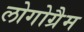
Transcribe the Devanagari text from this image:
लोगोग्रैम